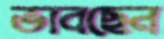
ভাবছেন